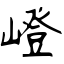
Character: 嶝